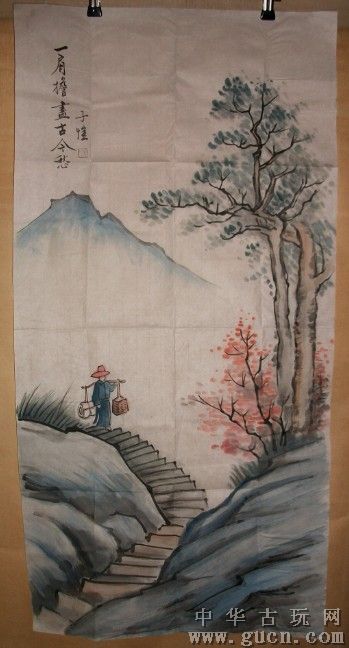
豪华尽成春梦，留下古今愁。